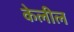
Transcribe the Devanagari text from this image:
केलील